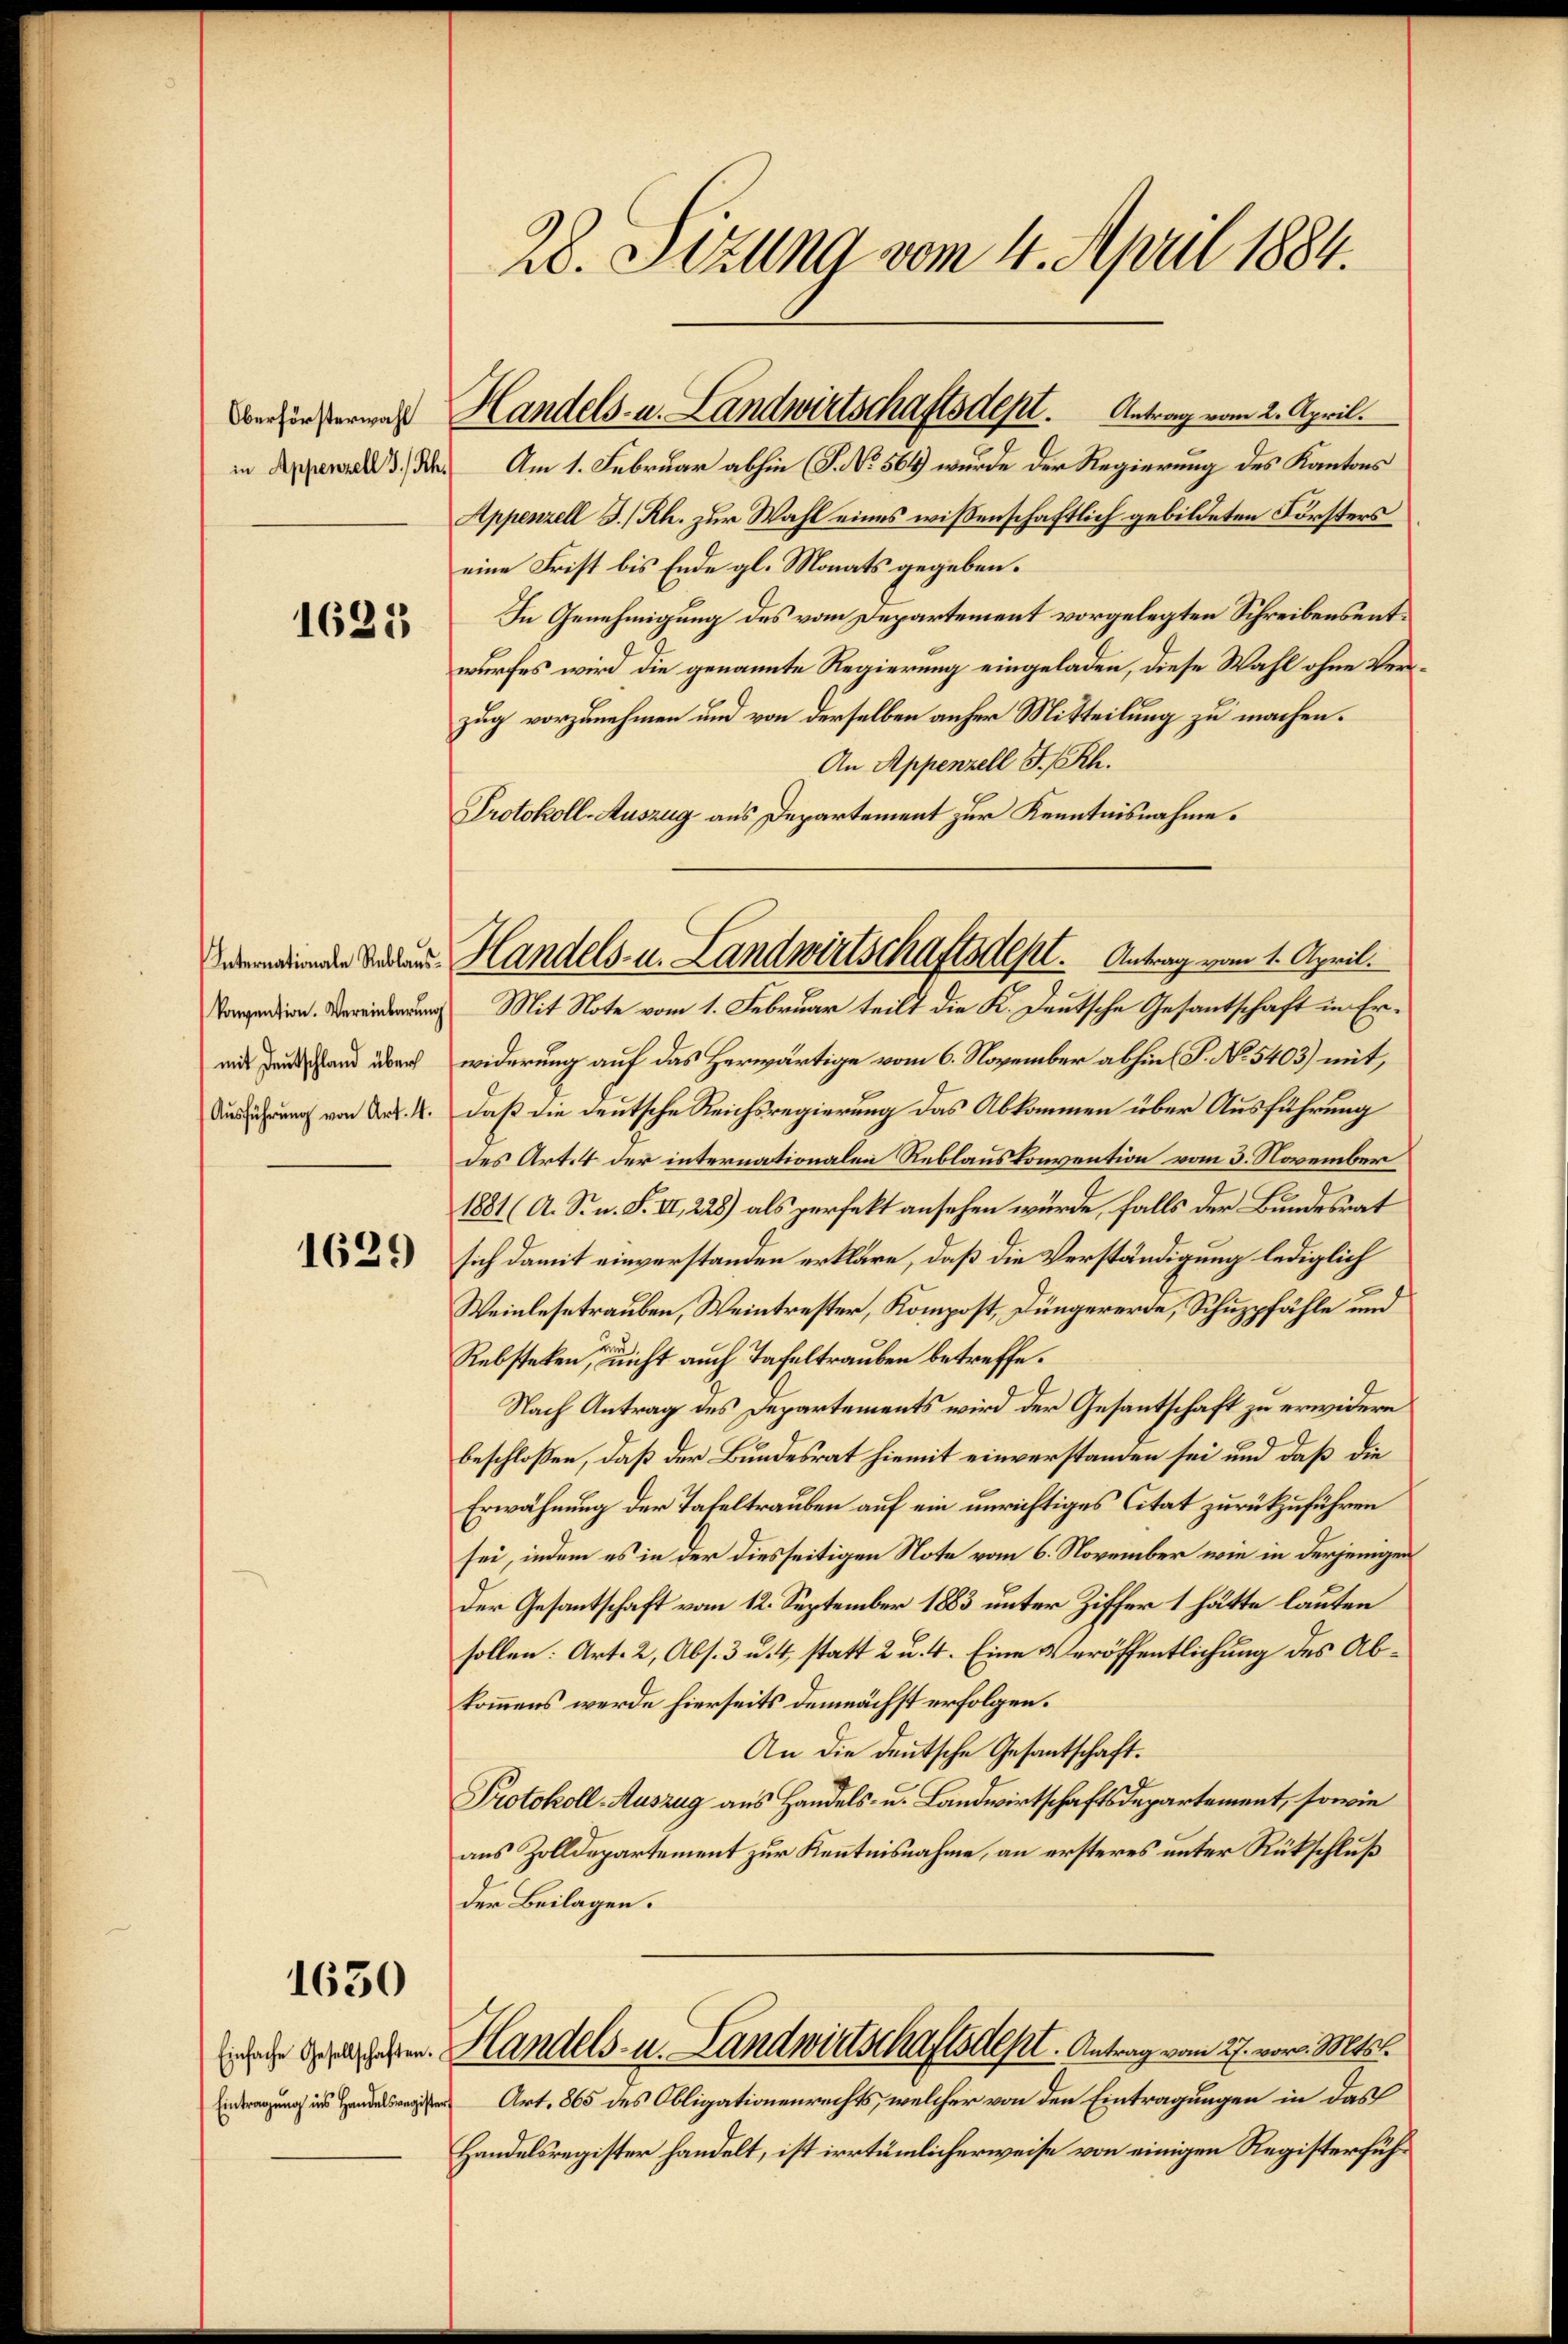
in Appenzell I/Rh.

1625

konvention. Vereinbarung

1629

1630

Einfache Gesellschaften.
Eintragung ins Handelsregister

28. Sizung vom 4. April 1884.

erfinstermaß Handels- u. Landwirtschaftsdest. Antrag vom 2. April.

Seminde Bader Handels- u. Landwirtschaftsdest. Antrag vom 1. April.

Am 1. Februar abhin (S. No. 564) wurde der Regierung des Kantons
Appenzell I/Rh. zur Wahl eines wissenschaftlich gebildeten Försters
eine Frist bis Ende gl. Monats gegeben.
In Genehmigung des vom Departement vorgelegten Schreibensentwurfes wird die genannte Regierung eingeladen, diese Wahl ohne Verzug vorzunehmen und von derselben anfer Mitteilung zu machen.
An Appenzell I.Rh.
Protokoll-Auszug aus Departement zur Kenntnisnahme.
Mit Note vom 1. Februar teilt die K. Deutsche Gesantschaft in Ermit der Hand durch widerung auf das Herwärtige vom 6. November abhin (S. No 5403) mit,
Durührung von A. R. daß die deutsche Reichsregierung das Abkommen über Ausführung
des Art. 4 der internationalen Reblauskonvention vom 3. November
1881 (A. S. n. F. II, 228) als perfekt ansehen würde, falls der Bundesrat
sich damit einverstanden erkläre, daß die Verständigung lediglich
Weinlese trauben, Weintrester, Kompost, Düngererde, Schuppfähle und
Rebsteken, nicht auch Tafeltrauben betreffe.
Nach Antrag des Departements wird der Gesantschaft zu erwidern
beschloßen, daß der Bundesrat hiemit einverstanden sei und daß die
Erwähnung der Tafeltrauben auf ein unrichtiges Citat zurückzuführen
sei, indem es in der diesseitigen Note vom 6. November wie in derjenigen
Der Gesantschaft vom 12. September 1883 unter Ziffer 1 hätte lauten
sollen: Art. 2, Abs. 3 u. 4, statt 2 u. 4. Eine Veröffentlichung des Abkommens werde hierseits demnächst erfolgen.
An die deutsche Gesantschaft.
Protokoll-Auszug aus Handels- u. Landwirtschaftsdepartement, sowie
aus Zolldepartement zur Kenntnisnahme, an ersteres unter Rückschluß
der Beilagen.
Handels- u. Landwirtschaftsdest. Antrag vom 27. vor. Mts.
Art. 865 des Obligationenrechts, welcher von den Eintragungen in das
Handelsregister handelt, ist irrtümlicherweise von einigen Registerfüh¬